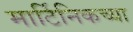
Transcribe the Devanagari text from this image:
मार्टिनिकच्या